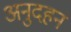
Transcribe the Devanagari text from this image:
अनुदहन